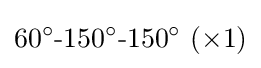
60^{\circ }{\text{-}}150^{\circ }{\text{-}}150^{\circ }~(\times 1)